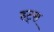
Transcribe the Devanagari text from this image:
हट्स